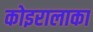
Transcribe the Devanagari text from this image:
कोइरालाका